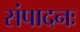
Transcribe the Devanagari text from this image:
संपादनः